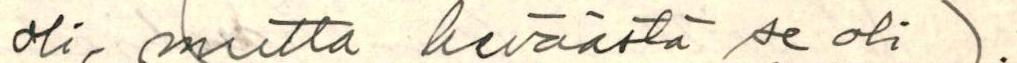
oli, mutta keväästä se oli